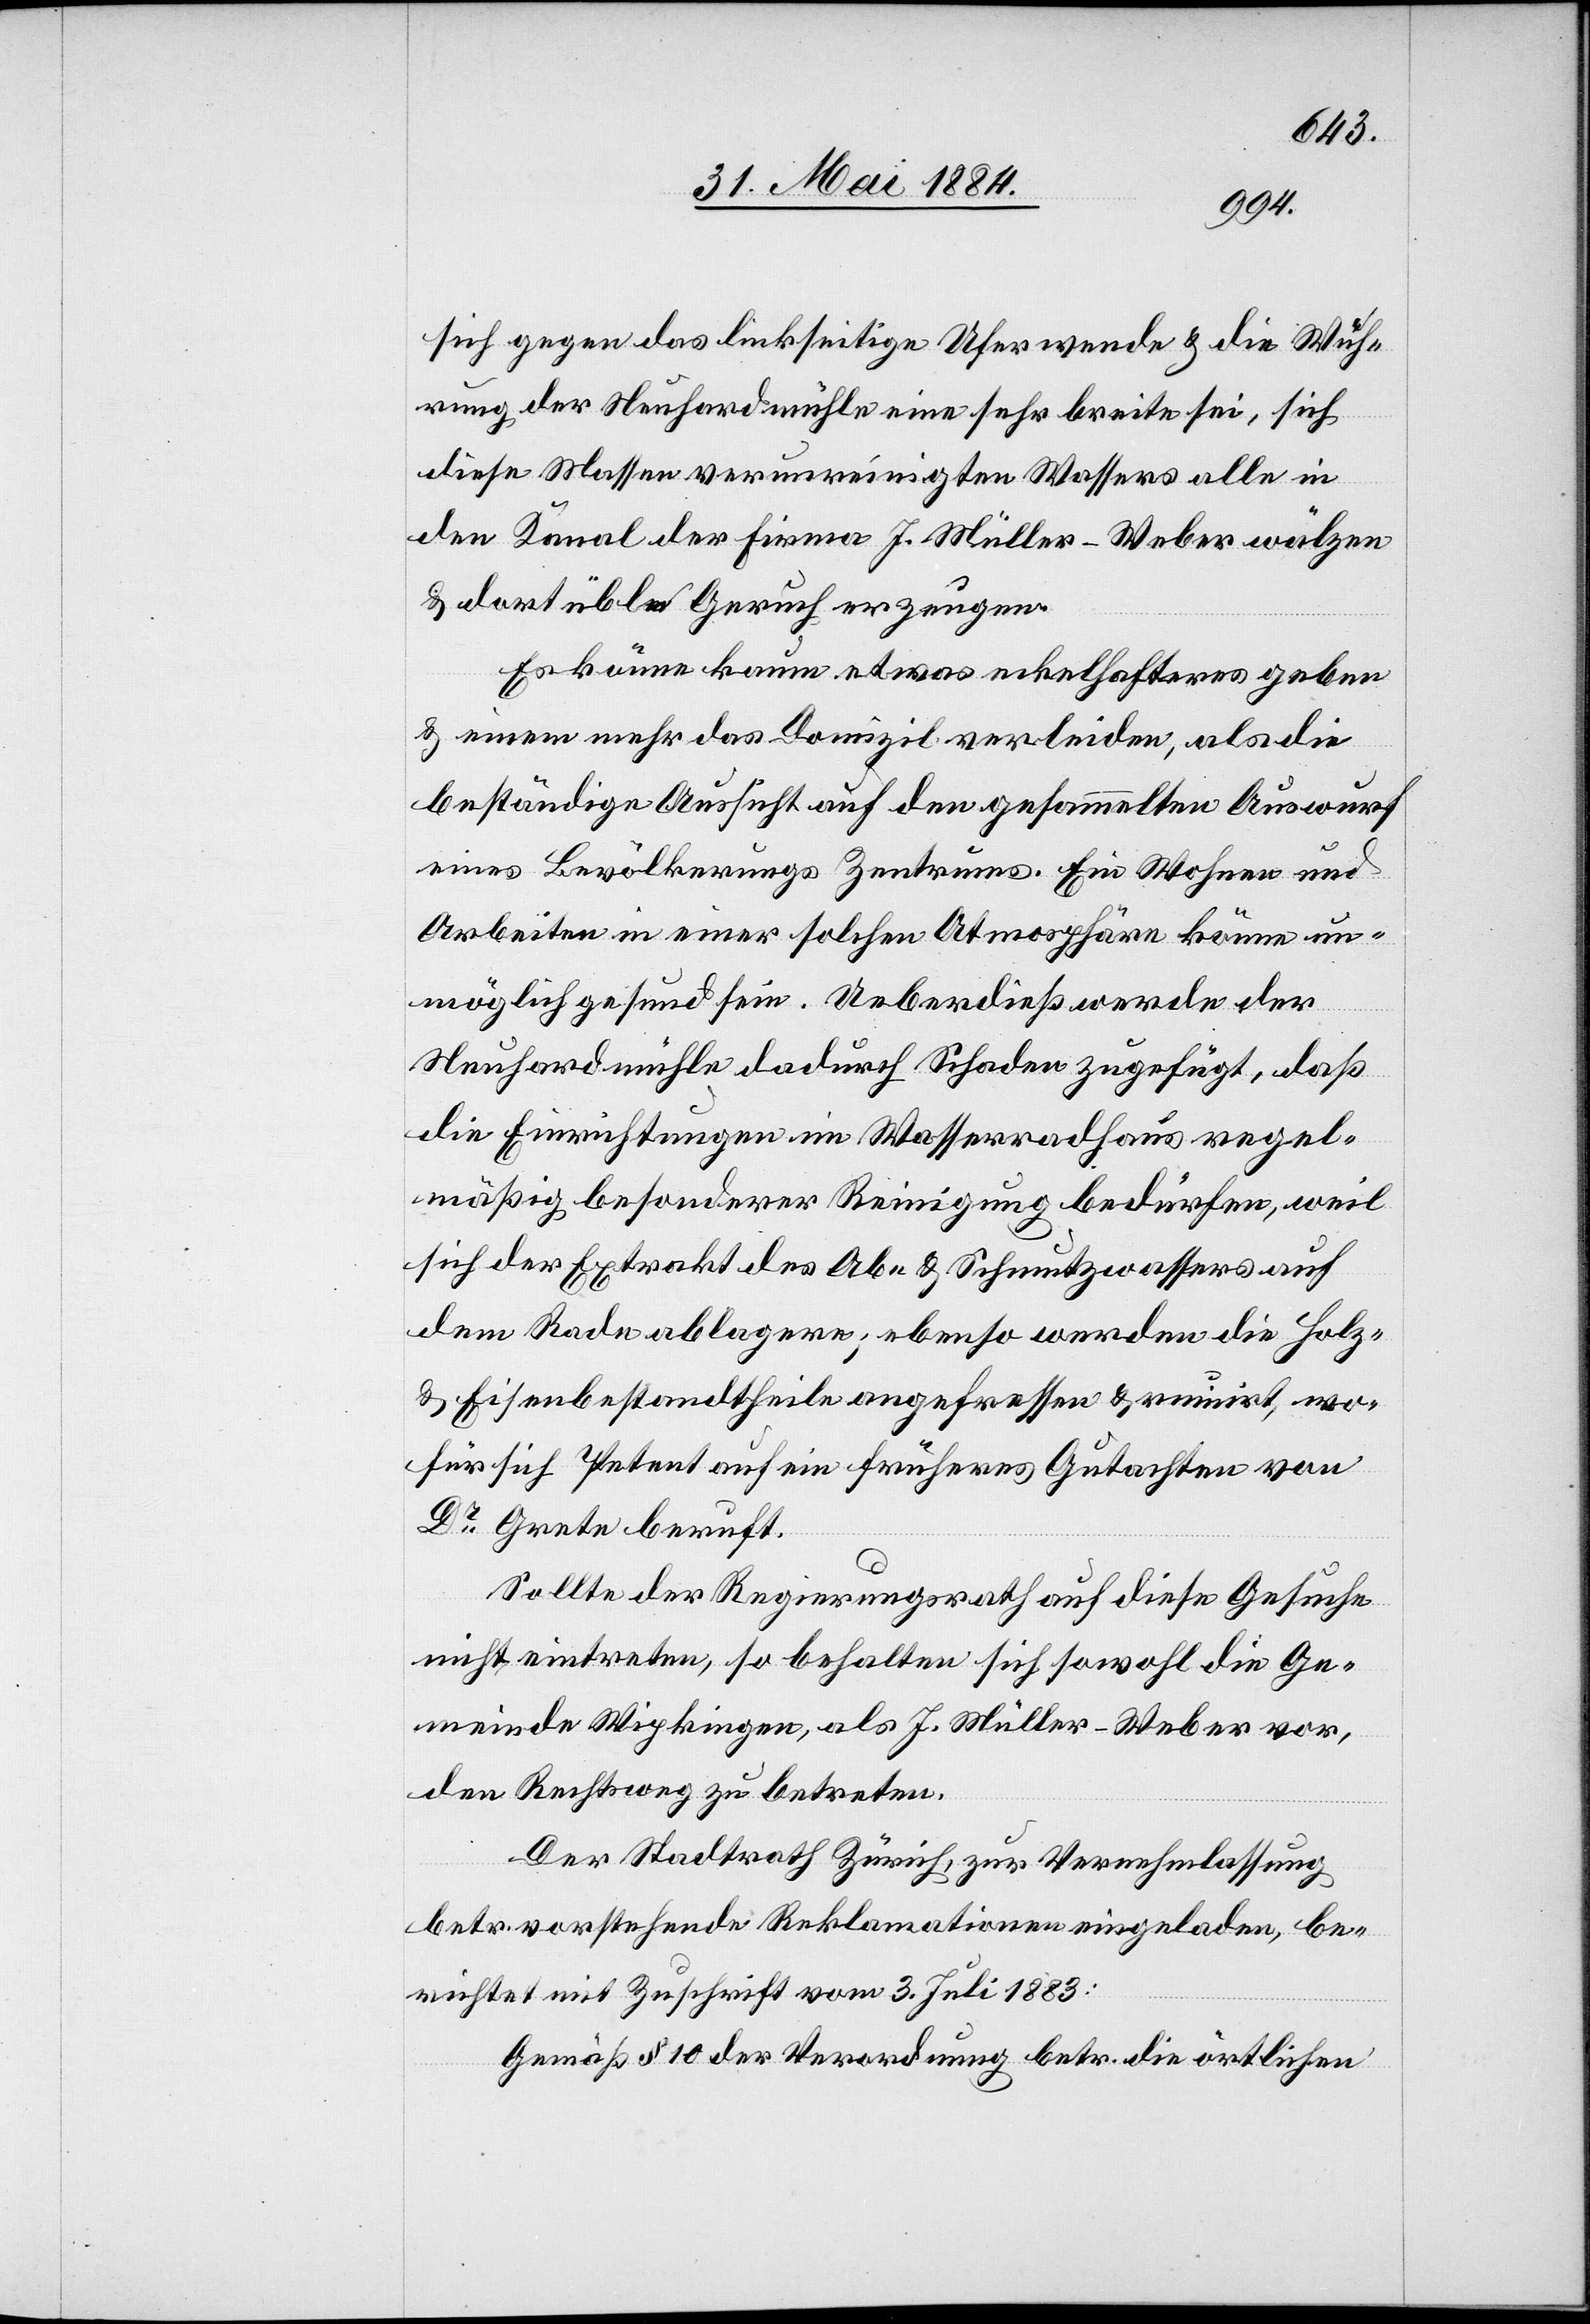
sich gegen das linkseitige Ufer wende & die Wuh¬
rung der Neuhardmühle eine sehr breite sei, sich
diese Massen verunreinigten Wassers alle in
den Kanal der Firma J. Müller-Weber wälzen
& dort üblen Geruch erzeugen.
Es könne kaum etwas eckelhafteres geben
& einem mehr das Domizil verleiden, als die
beständige Aussicht auf den gesammelten Auswurf
eines Bevölkerungs Zentrums [sic!]. Ein Wohnen und
Arbeiten in einer solchen Atmosphäre könne un¬
möglich gesund sein. Ueberdieß werde der
Neuhardmühle dadurch Schaden zugefügt, daß
die Einrichtungen im Wasserradhaus regel¬
mäßig besonderer Reinigung bedürfen, weil
sich der Extrakt des Ab- & Schmutzwassers auf
dem Rade ablagere; ebenso werden die Holz-
& Eisenbestandtheile angefressen & ruinirt, wo¬
für sich Petent auf ein früheres Gutachten von
Dr Grete beruft.
Sollte der Regierungsrath auf diese Gesuche
nicht eintreten, so behalten sich sowohl die Ge¬
meinde Wipkingen, als J. Müller-Weber vor,
den Rechtsweg zu betreten.
Der Stadtrath Zürich, zur Vernehmlassung
betr. vorstehende Reklamation eingeladen, be¬
richtet mit Zuschrift vom 3. Juli 1883:
Gemäß § 10 der Verordnung betr. die örtlichen